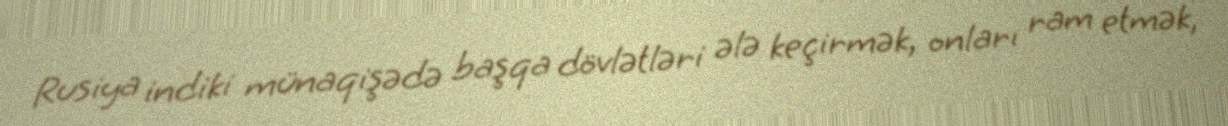
Rusiya indiki münaqişədə başqa dövlətləri ələ keçirmək, onları ram etmək,